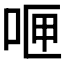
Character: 𪡄